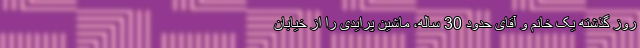
روز گذشته یک خانم و آقای حدود 30 ساله، ماشین پرایدی را از خیابان